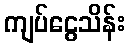
ကျပ်ငွေသိန်း